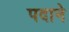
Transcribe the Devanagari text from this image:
पदाने